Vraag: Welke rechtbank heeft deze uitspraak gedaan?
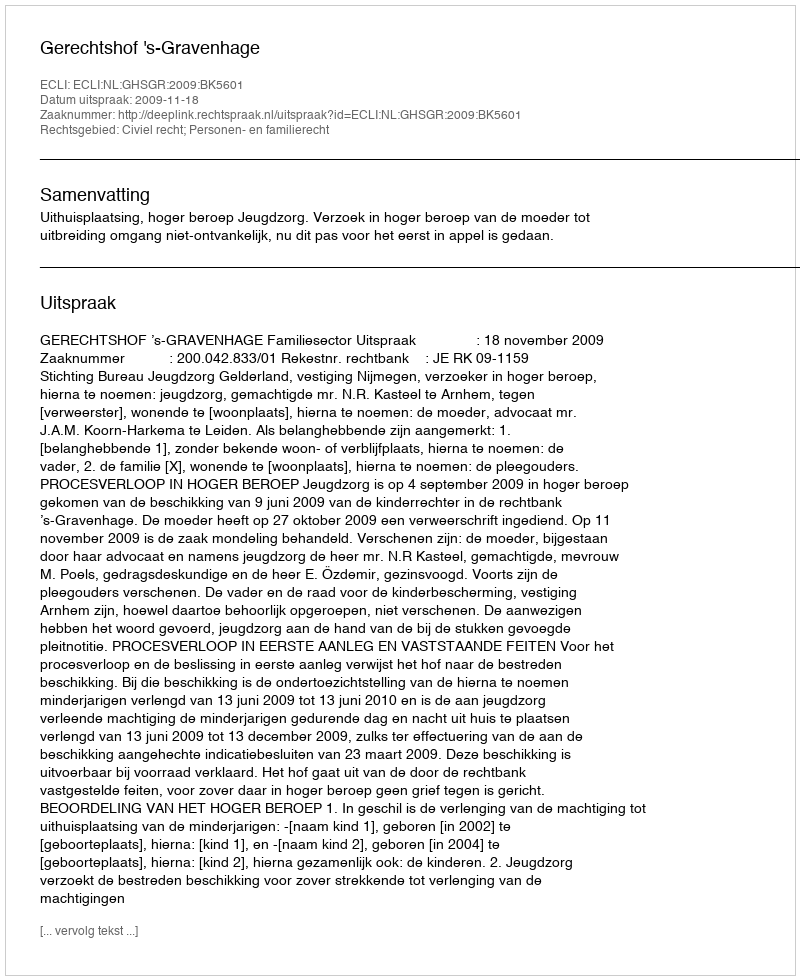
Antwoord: Gerechtshof 's-Gravenhage